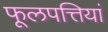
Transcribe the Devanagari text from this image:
फूलपत्तियां